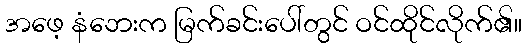
အဖေ့ နံဘေးက မြက်ခင်းပေါ်တွင် ဝင်ထိုင်လိုက်၏။